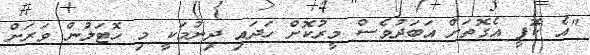
"އެ ކޮފީ އެގޮތަށް އަބަދުވެސް މީރުކޮށް ހަދައި ދިނުމަކީ މި ހޮޓަލުން ވަރަށް